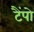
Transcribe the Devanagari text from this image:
टैंपो